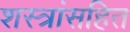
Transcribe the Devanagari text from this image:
शस्त्रांसहित